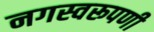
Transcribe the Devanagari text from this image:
नगस्वरूपणी